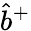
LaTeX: \hat{b}^{+}